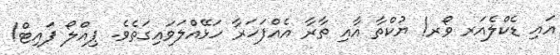
އައި ޑެކްލެއަރ ވޯރ! ޔުކްތާ އާއި ތާރާ އެއްފަހަރާ ހަޅޭއްލަވައިގަތެވެ. ޕިއްލޯ ފައިޓް!